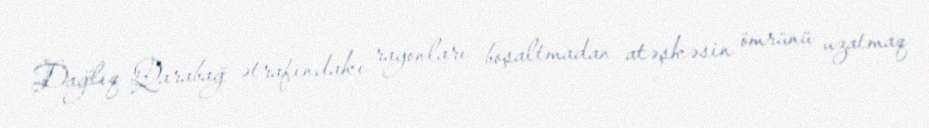
Dağlıq Qarabağ ətrafındakı rayonları boşaltmadan atəşkəsin ömrünü uzatmaq